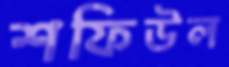
শফিউল